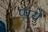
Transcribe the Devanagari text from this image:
प्पये